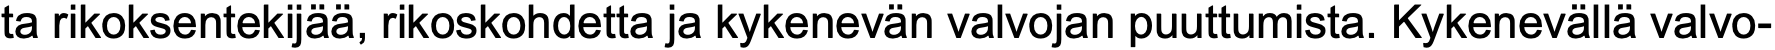
ta rikoksentekijää, rikoskohdetta ja kykenevän valvojan puuttumista. Kykenevällä valvo-